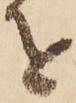
を